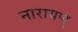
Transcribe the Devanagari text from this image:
नारायण्